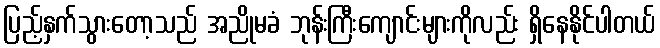
ပြည့်နှက်သွားတော့သည် အညိုမခံ ဘုန်းကြီးကျောင်းများကိုလည်း ရှိနေနိုင်ပါတယ်